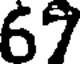
67